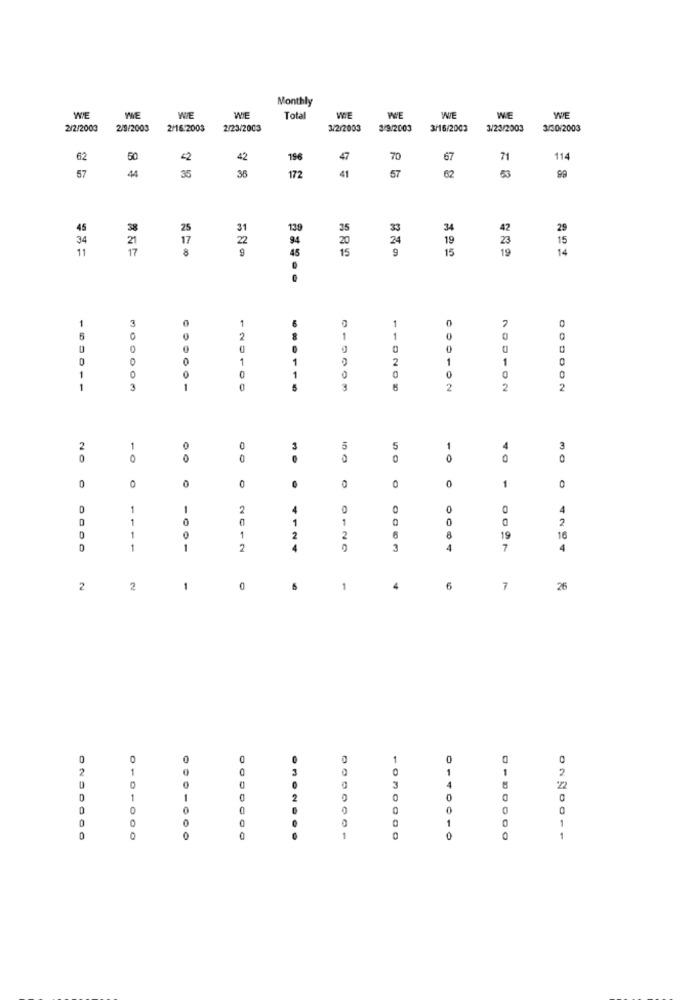
Monthly
WIE
WE
WIE
WIE
Tota
WIE
WE
WE
WE
WE
2/2/2003
2/9/2003
2/16.2003
2/23/2003
3/2/2003
3/9/2003
3/16/2003
3/23/2003
3/30/2003
62
50
42
42
196
47
70
67
71
114
44
36
172
41
53
57
35
57
62
99
45
38
25
31
139
35
34
42
29
34
21
17
22
94
20
24
19
23
15
11
17
15
9
15
19
14
1
1
3
2
6
0
12
1
1
0
0
0
0
1
1
2
1
1
0
1
0
0
0
1
3
1
0
3
2
2
2
2
1
0
0
3
5
1
3
0
0
0
0
0
0
40
0
0
0
0
1
0
0
-
2
4
0
0
4
1
1
0
0
2
0
- -
1
2
2
6
8
19
16
0
1
1
2
4
3
4
7
4
2
2
1
0
5
1
4
6
7
26
0
O
0
2
2
0
-
0
1
1